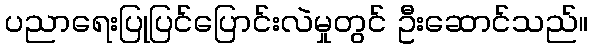
ပညာရေးပြုပြင်ပြောင်းလဲမှုတွင် ဦးဆောင်သည်။